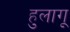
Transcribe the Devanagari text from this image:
हुलागू